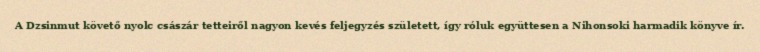
A Dzsinmut követő nyolc császár tetteiről nagyon kevés feljegyzés született, így róluk együttesen a Nihonsoki harmadik könyve ír.